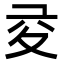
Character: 𡕡